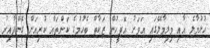
ހުޅުމާލެ އާއި ވިލިމާލޭގައި އަވަށު އޮފީހުން ޒަކާތް ބެހުމުގެ ކަންތައް ކުރިއަށް ގެންދާއިރު